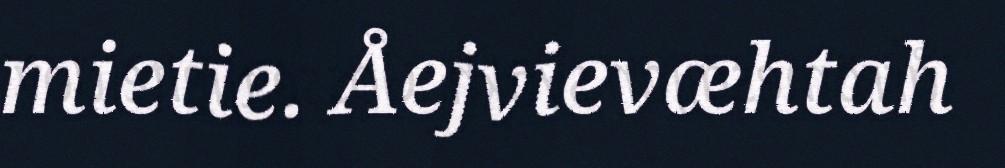
mietie. Åejvievæhtah